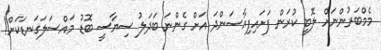
މެމްބަރުންނަށް ލޮބީ ކުރަން ފަށައިފިއާސަންދަ އަށް ގެންނަ ބަދަލު ސިޔާސީ ބޮޑު މައްސަލަގަނޑަކަށް!